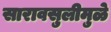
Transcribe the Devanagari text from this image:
सारावसुलीमुळे